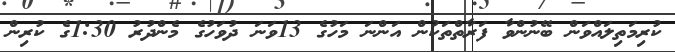
ކުރިމަތިލައްވަން ބޭނުންވާ ފަރާތްތަކުން އަންނަ މަހުގެ 13ވަނަ ދުވަހުގެ މެންދުރު 1:30ގެ ކުރިން